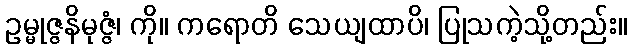
ဥမ္မုဇ္ဇနိမုဇ္ဇံ၊ ကို။ ကရောတိ သေယျထာပိ၊ ပြုသကဲ့သို့တည်း။